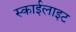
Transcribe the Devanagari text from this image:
स्‍काईलाइट